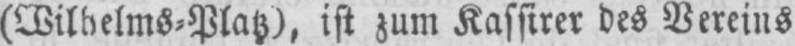
(Wilhelms⸗Platz), ist zum Kassirer des Vereins